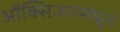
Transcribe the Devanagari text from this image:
ऑक्सिजनमधून